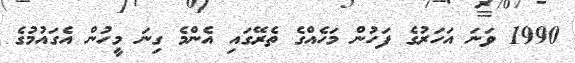
1990 ވަނަ އަހަރުގެ ފަހުން މަހެއްގެ ތެރޭގައި އެންމެ ގިނަ މީހުން އެގައުމުގެ